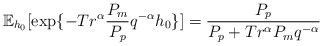
\begin{align*}\mathbb{E}_{h_0}[\exp\{-Tr^\alpha\frac{P_m}{P_p} {q}^{-\alpha}{h_0}\}]=\frac{P_p}{P_p+Tr^\alpha P_m {q}^{-\alpha}}\end{align*}